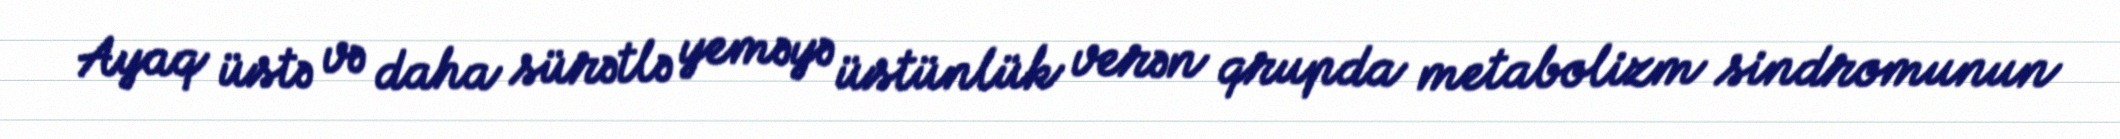
Ayaq üstə və daha sürətlə yeməyə üstünlük verən qrupda metabolizm sindromunun